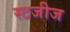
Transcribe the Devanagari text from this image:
स्टजीज